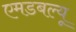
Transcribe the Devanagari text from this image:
एमडबल्यू